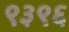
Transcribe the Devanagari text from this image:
९३९६